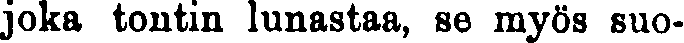
joka tontin lunastaa, se myös suo-